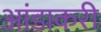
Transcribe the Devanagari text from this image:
आंडाकरी